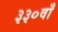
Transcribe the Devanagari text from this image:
३३०वाँ